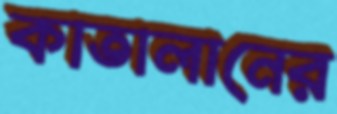
কাতালানের